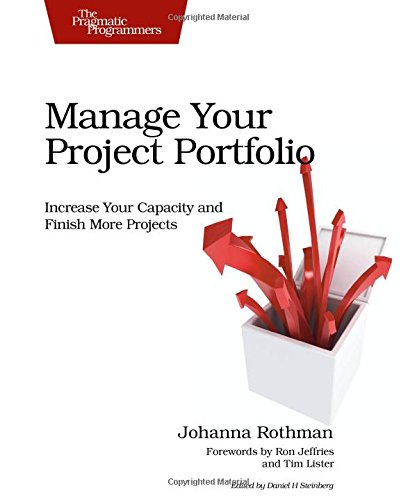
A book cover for Manage Your Project Portfolio: Increase Your Capacity and Finish More Projects (Pragmatic Programmers); Johanna Rothman; Computers & Technology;